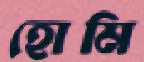
হোমি